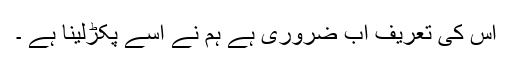
اس کی تعریف اب ضروری ہے ہم نے اسے پکڑلینا ہے ۔